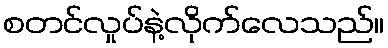
စတင်လှုပ်နဲ့လိုက်လေသည်။